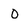
Character: O